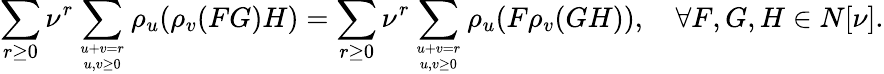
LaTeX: \sum_{r\geq 0}\nu^{r}\sum_{u+v=r\atop u,v\geq 0}\rho_{u}(\rho_{v}(FG)H)=\sum_{r\geq 0}\nu^{r}\sum_{u+v=r\atop u,v\geq 0}\rho_{u}(F\rho_{v}(GH)),\quad\forall F,G,H\in N[\nu].